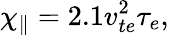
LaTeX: \chi_{\parallel}=2.1v_{te}^{2}\tau_{e},